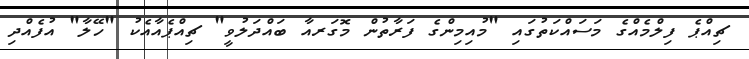
ޗިއްޕެ ފިލްމެއްގެ މަސައްކަތުގައި "މުއިމިންގެ ފަރާތުން މޮގަރއާ ބައްދަލުވީ" ޗިއްޕެއާއެކު "ހޭލާ" އުފެއްދި